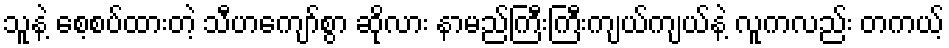
သူနဲ့ စေ့စပ်ထားတဲ့ သီဟကျော်စွာ ဆိုလား နာမည်ကြီးကြီးကျယ်ကျယ်နဲ့ လူကလည်း တကယ့်